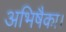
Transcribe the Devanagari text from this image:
अभिषैका।